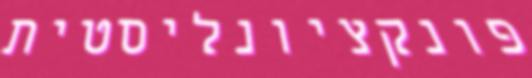
פונקציונליסטית